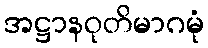
အဋ္ဌာနဝုတိမာဂမုံ